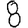
Digit: 8